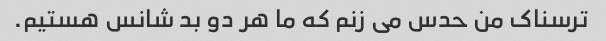
ترسناک من حدس می زنم که ما هر دو بد شانس هستیم.